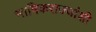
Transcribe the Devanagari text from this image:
भाषिकराज्यांशी